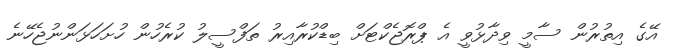
އޭގެ އިތުރުން ސާމީ ވިދާޅުވީ އެ ޕްރޮޖެކްޓަށް ބިޑްކުރާއިރު ތަފްސީލު ކުރެހުން ހުށަހަޅަންނުޖެހޭނެ